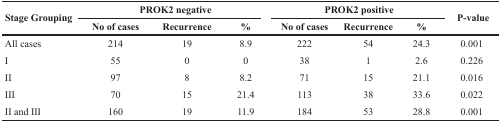
<table><thead><tr><td rowspan="2"><b>Stage Grouping</b></td><td colspan="3"><b>PROK2 negative</b></td><td colspan="3"><b>PROK2 positive</b></td><td rowspan="2"><b>P-value</b></td></tr><tr><td><b>No of cases</b></td><td><b>Recurrence</b></td><td><b>%</b></td><td><b>No of cases</b></td><td><b>Recurrence</b></td><td><b>%</b></td></tr></thead><tbody><tr><td>All cases</td><td>214</td><td>19</td><td>8.9</td><td>222</td><td>54</td><td>24.3</td><td>0.001</td></tr><tr><td>I</td><td>55</td><td>0</td><td>0</td><td>38</td><td>1</td><td>2.6</td><td>0.226</td></tr><tr><td>II</td><td>97</td><td>8</td><td>8.2</td><td>71</td><td>15</td><td>21.1</td><td>0.016</td></tr><tr><td>III</td><td>70</td><td>15</td><td>21.4</td><td>113</td><td>38</td><td>33.6</td><td>0.022</td></tr><tr><td>II and III</td><td>160</td><td>19</td><td>11.9</td><td>184</td><td>53</td><td>28.8</td><td>0.001</td></tr></tbody></table>